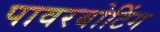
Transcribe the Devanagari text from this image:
पावरबोटिंग